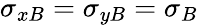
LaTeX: \sigma_{xB}=\sigma_{yB}=\sigma_{B}